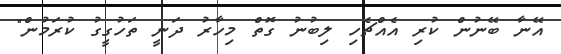
އޭނާ ބޭނުން ކުރި އެއްޗެހި ލިބުނު ގޮތް މިހާރު ދަނީ ތަހުގީގު ކުރަމުން"